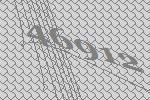
46912